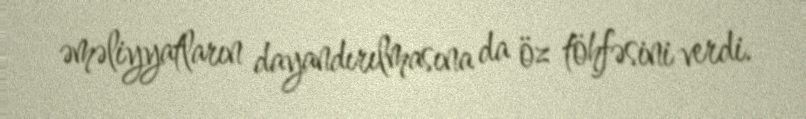
əməliyyatların dayandırılmasına da öz töhfəsini verdi.